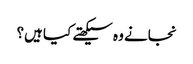
نجانے وہ سیکھتے کیا ہیں؟